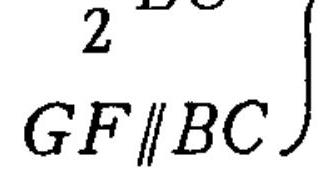
\[
2\quad
GF\parallel BC
\]